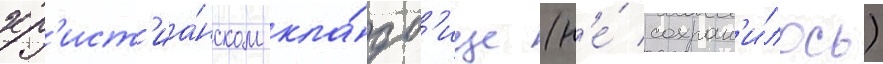
хр'ист'иа́нском кла́дб'ище (н'е́ сохран'и́лось)